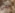
هي